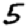
Digit: 5